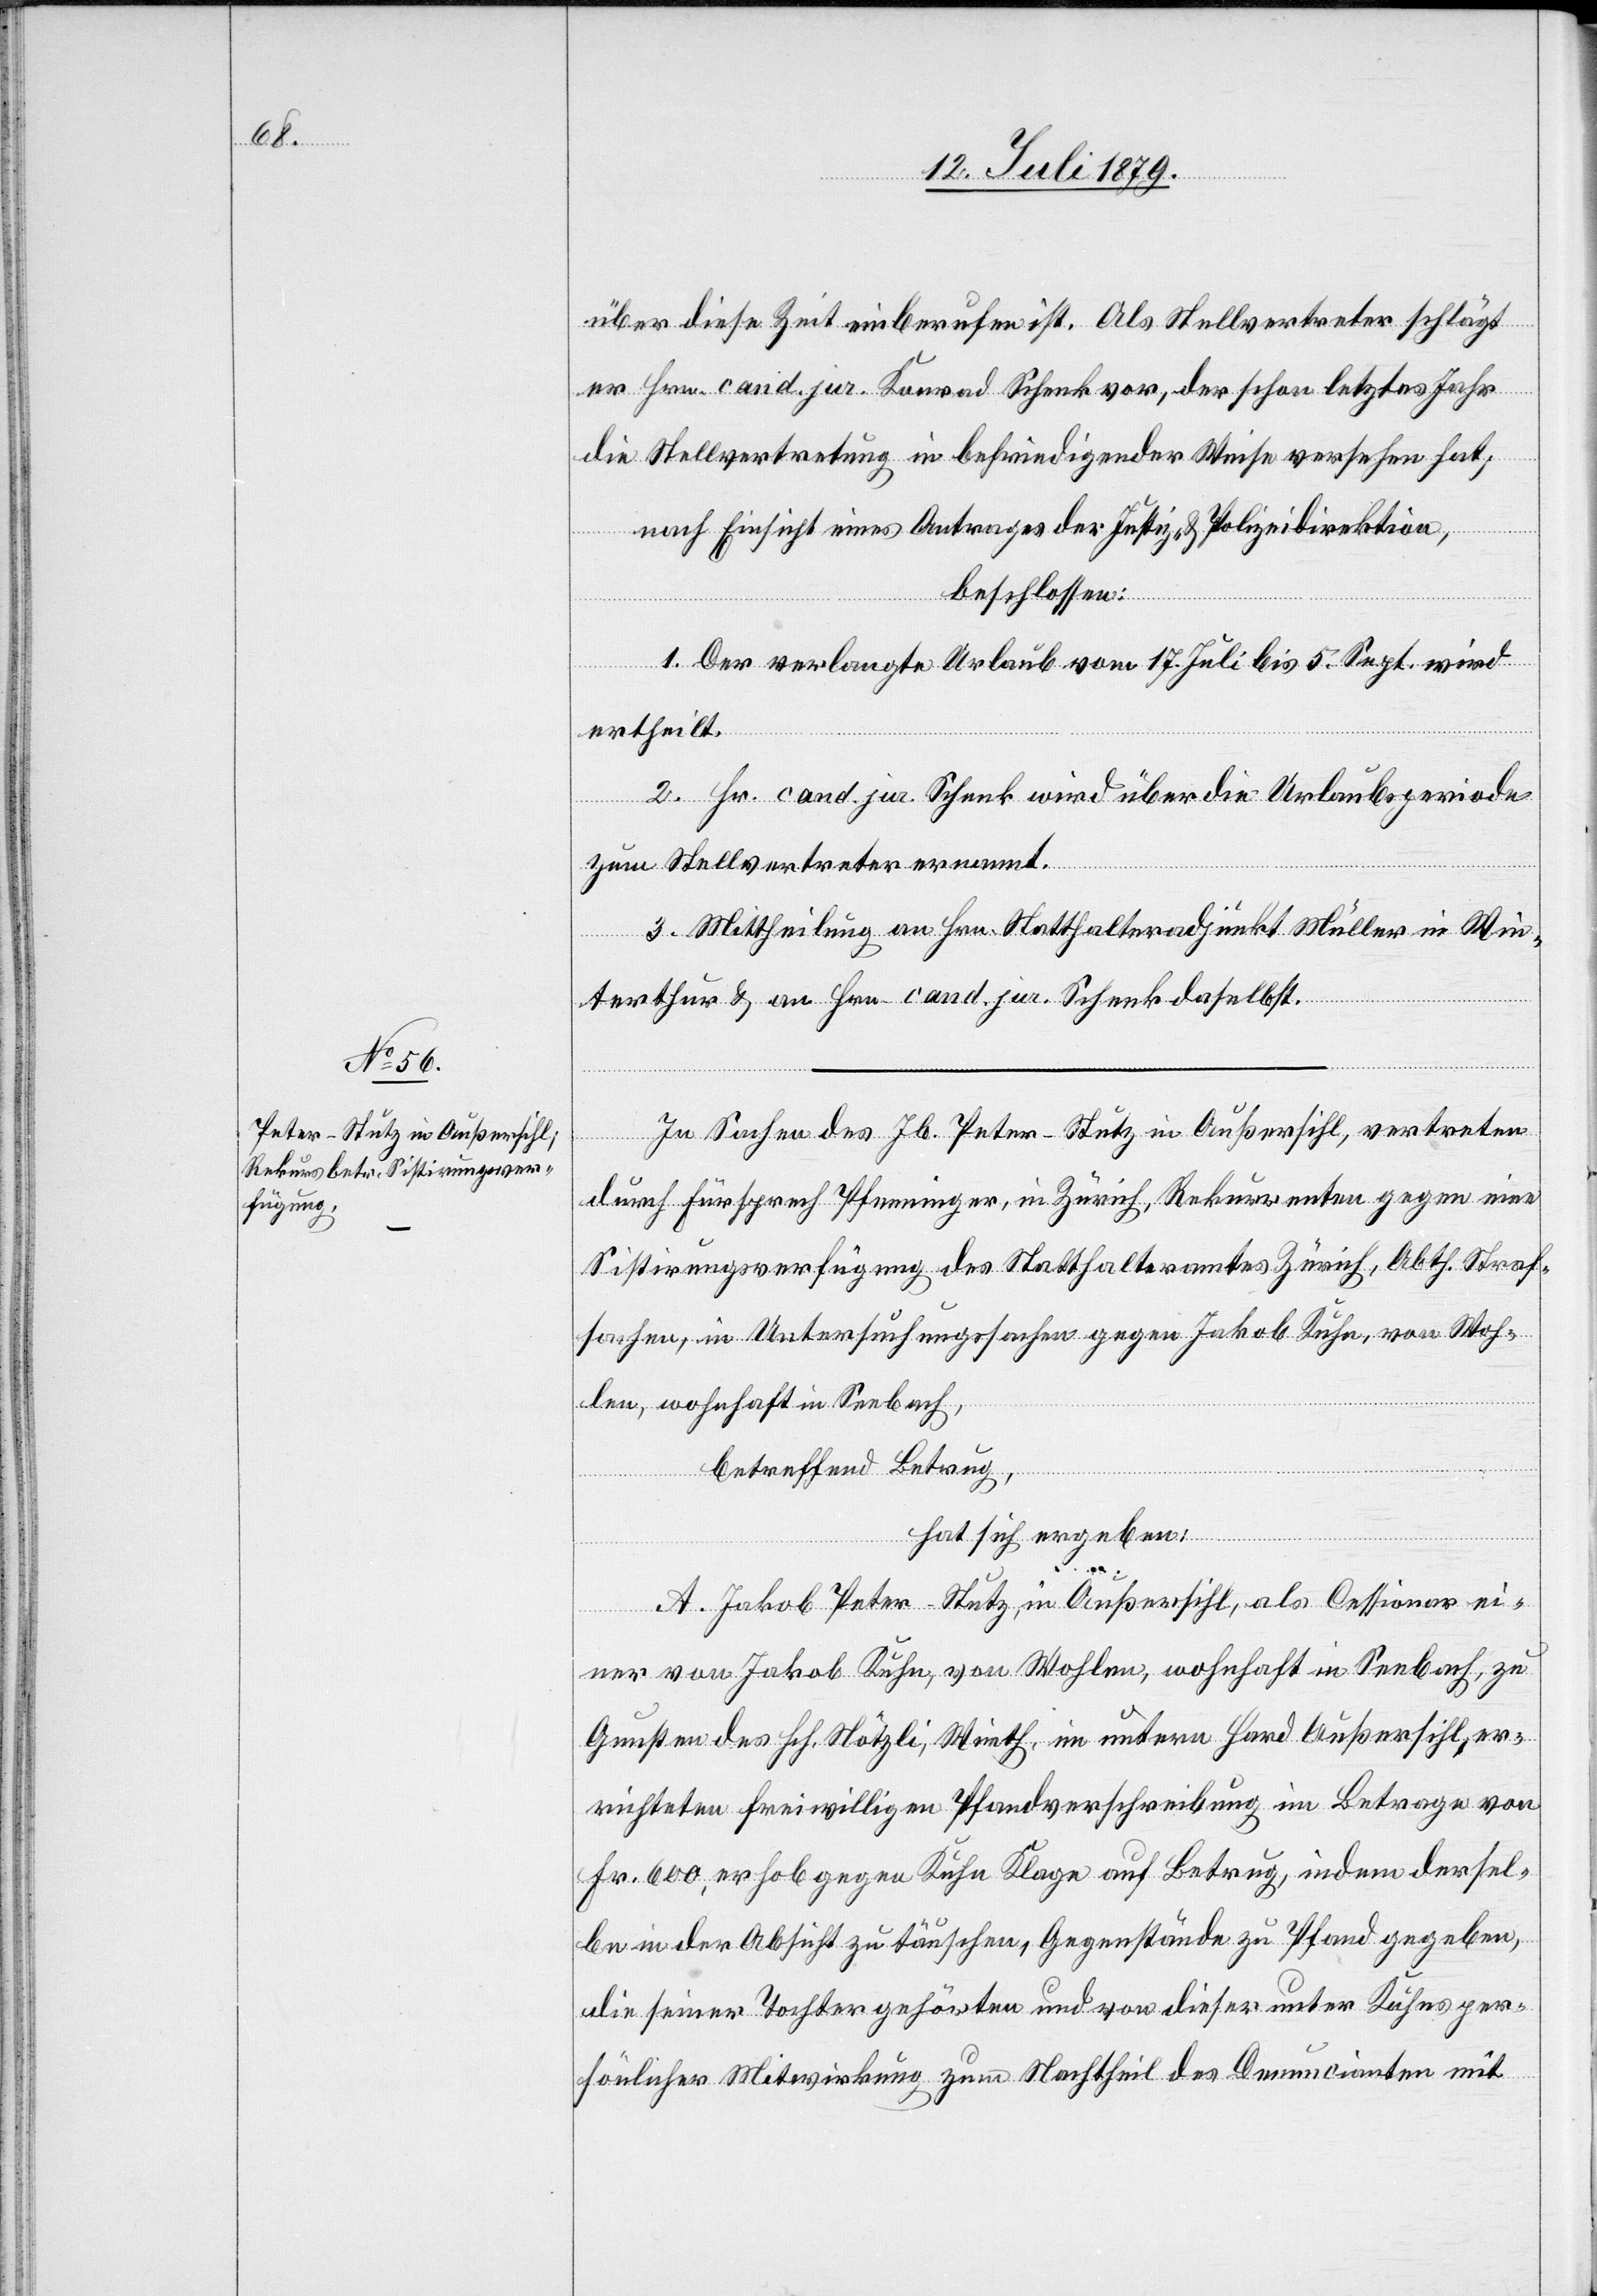
über diese Zeit einberufen ist. Als Stellvertreter schlägt
er Hrn. cand. jur. Konrad Schenk vor, der schon letztes Jahr
die Stellvertretung in befriedigender Weise versehen hat;
nach Einsicht eines Antrages der Justiz- & Polizeidirektion,
beschlossen:
1. Der verlangte Urlaub vom 17. Juli bis 5. Sept. wird
ertheilt.
2. Hr. cand. jur. Schenk wird über die Urlaubsperiode
zum Stellvertreter ernannt.
3. Mittheilung an Hrn. Statthalteradjunkt Müller in Win¬
terthur & an Hrn. cand. jur. Schenk daselbst.
In Sachen des Jb. Peter-Stutz in Außersihl, vertreten
durch Fürsprech Pfenninger, in Zürich, Rekurrenten gegen eine
Sistirungsverfügung des Statthalteramtes Zürich, Abth. Straf¬
sachen, in Untersuchungssachen gegen Jakob Kuhn, von Woh¬
len, wohnhaft in Seebach,
betreffend Betrug,
hat sich ergeben:
A. Jakob Peter-Stutz, in Außersihl, als Cessionar ei¬
ner von Jakob Kuhn, von Wohlen, wohnhaft in Seebach, zu
Gunsten des Hch. Nötzli, Wirth, im untern Hard Außersihl, er¬
richteten freiwilligen Pfandverschreibung im Betrage von
Fr. 600, erhob gegen Kuhn Klage auf Betrug, indem dersel¬
be in der Absicht zu täuschen, Gegenstände zu Pfand gegeben,
die seiner Tochter gehörten und von dieser unter Kuhns per¬
sönlicher Mitwirkung zum Nachtheil des Denuncianten mit